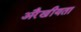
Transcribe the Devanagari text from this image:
अरैखीयता